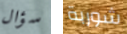
سؤال شوربة